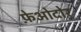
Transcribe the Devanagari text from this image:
फ़ेओदोर